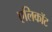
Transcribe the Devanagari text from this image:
एलिकॉट